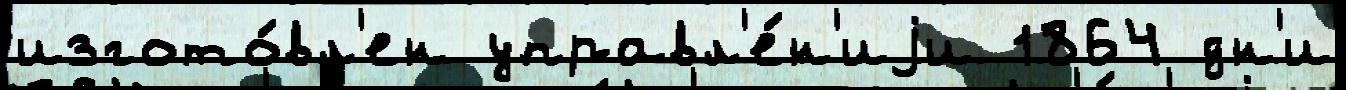
изгото́вл'ен управл'е́н'иjи 1864 дн'и